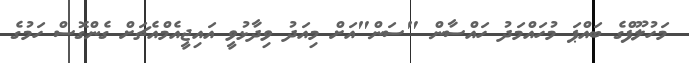
މަހުލޫފްގެ ބައްޕަ މުހައްމަދު ހައްސާން "ސަން"އަށް މިއަދު ވިދާޅުވީ އައިޖީއެމްއެޗަށް ގެންގޮސް ހަމުގެ